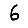
Digit: 6